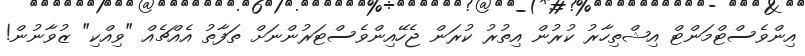
އިންވެސްޓްމަންޓް އިޝްތިހާރު ކުރުން އިތުރު ކުރަން ޖެހޭއިންވެސްޓަރުންނަށް ތަފާތު އެއްޗެއް "ވިއްކި" ޒުވާނުން!